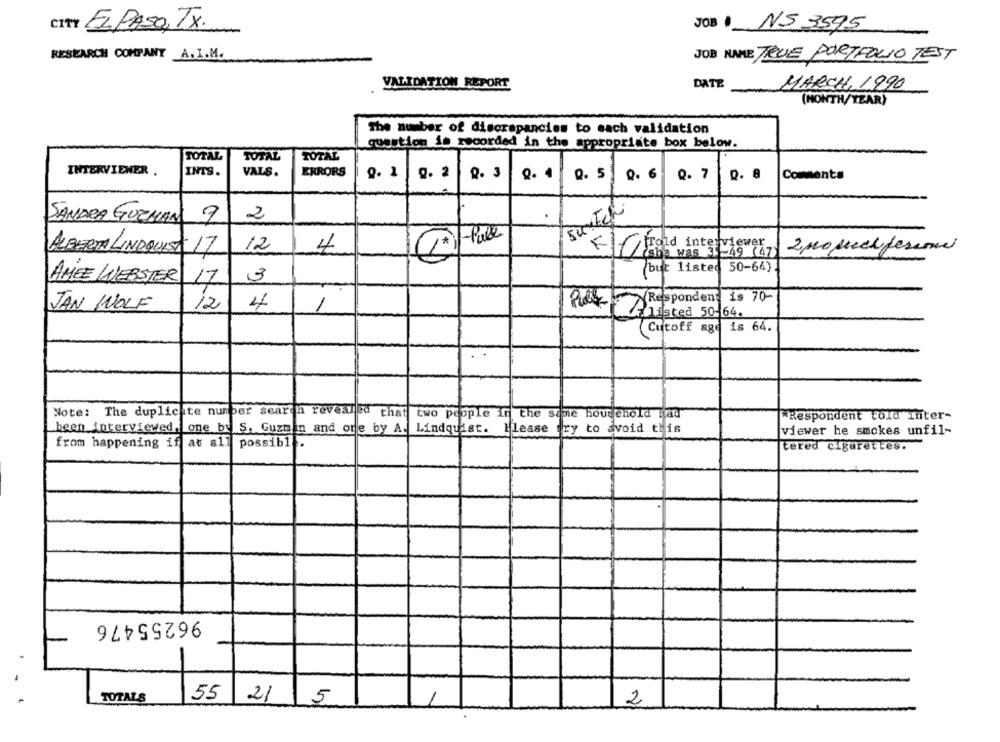
CITY EL PASO, TX.
JOB NS 3595
RESEARCH COMPANY A.I.M.
JOB NAME TRUE PORTFOLIO TEST
VALIDATION REPORT
DATE
MARCH, 1990
(NONTH/YEAR)
The number of discrepancies to each validation
question is recorded in the appropriate box below.
TOTAL
TOTAL
TOTAL
INTERVIEWER .
INTS.
VALS.
ERRORS
9. 1 0.2
2. 3
Q. 1
0. 5 0.6
0. 7
Q. 8
Comments
2
..
SANDRA GUZMAN
9
-fall
*
ALBERTA LINDQUIST 17
12
4
Elf froid interviewer
she was 31-49 (47)
2Mo peccifezione
but listed 50-64)
AMEE WEBSTER
17
3
JAN WOLF
12
4
Respondent is 70-
1
.listed 50-64.
Cutoff agd is 64.
Note: The duplicate number search revealed that two people in the same household Hau
*Respondent told inter-
been interviewed.
one by S. Guzman and ore by A. Lindquist. Please try to avoid this
viewer he smokes unfil-
from happening if at all
possib1
tered cigarettes.
96255476
55
TOTALS
21
5
2